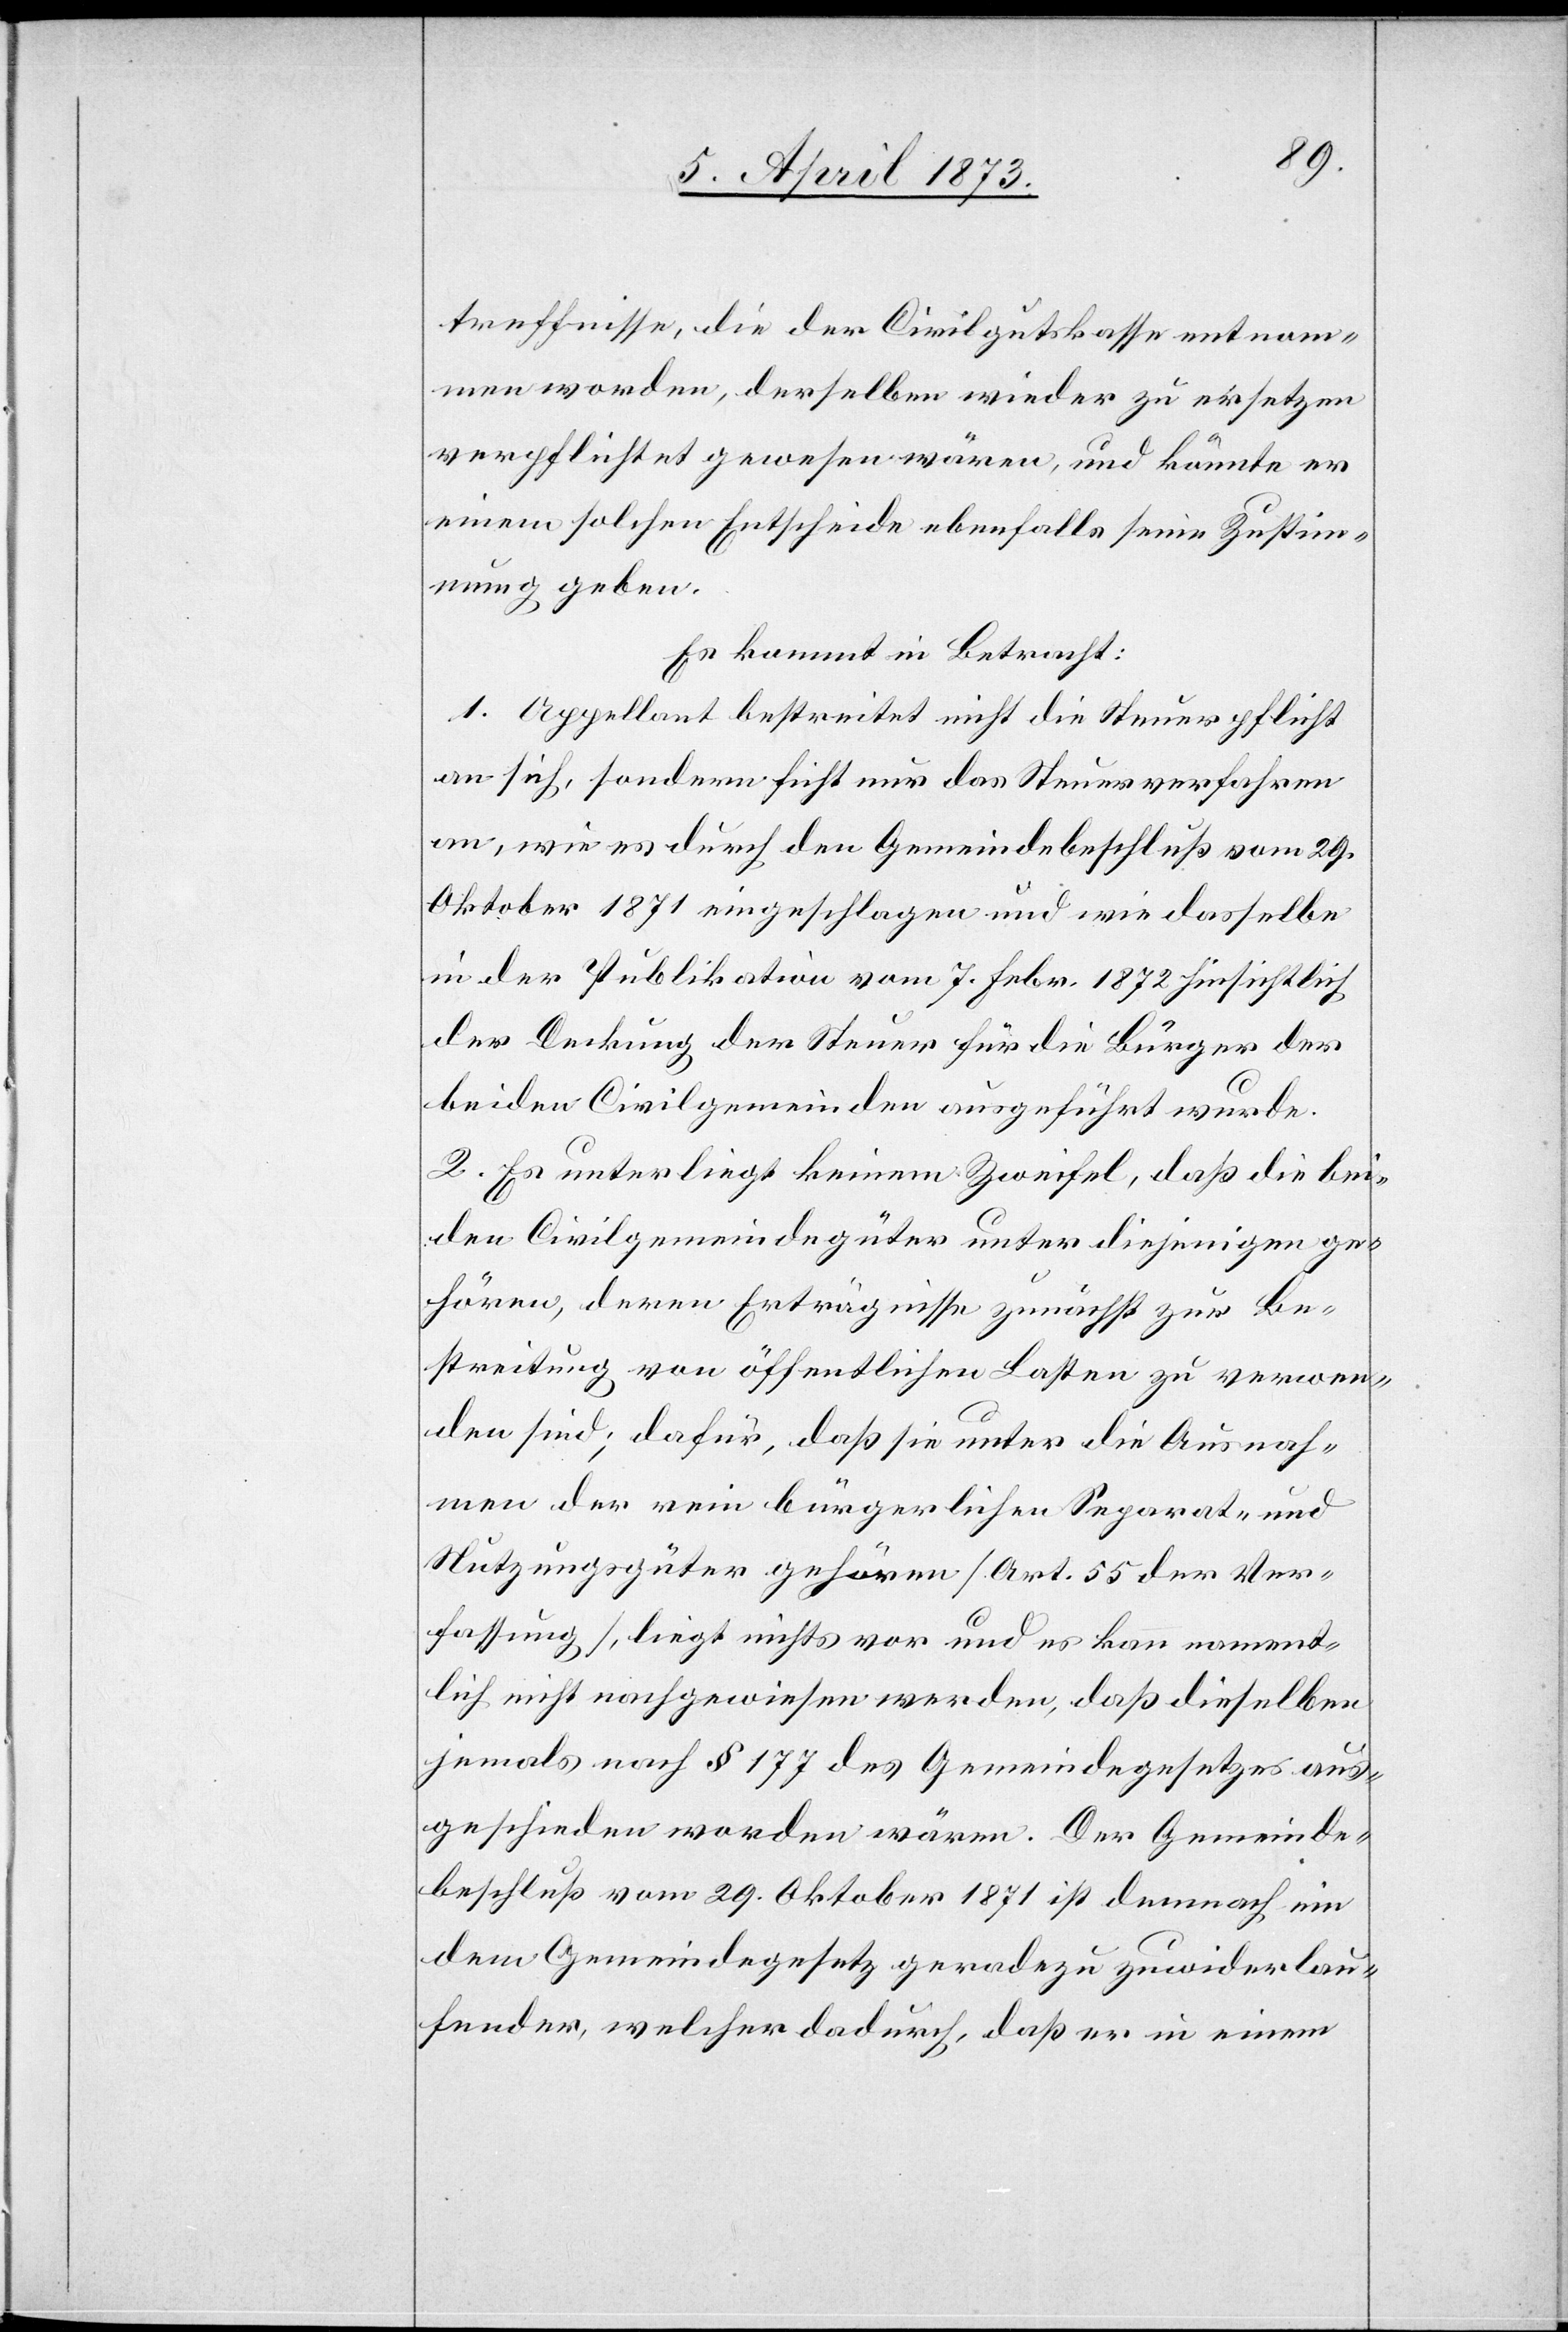
treffnisse, die der Civilgutskasse entnom¬
men worden, derselben wieder zu ersetzen
verpflichtet gewesen wären, und könnte er
einem solchen Entscheide ebenfalls seine Zustim¬
mung geben.
Es kommt in Betracht:
1. Appellant bestreitet nicht die Steuerpflicht
an sich, sondern ficht nur das Steuerverfahren
an, wie es durch den Gemeindebeschluß vom 29.
Oktober 1871 eingeschlagen und wie dasselbe
in der Publikation vom 7. Febr. 1872 hinsichtlich
der Deckung der Steuer für die Bürger der
beiden Civilgemeinden ausgeführt wurde.
2. Es unterliegt keinem Zweifel, daß die bei¬
den Civilgemeindegüter unter diejenigen ge¬
hören, deren Erträgnisse zunächst zur Be¬
streitung von öffentlichen Lasten zu verwen¬
den sind; dafür, daß sie unter die Ausnah¬
men der rein bürgerlichen Separat- und
Nutzungsgüter gehören [Art. 55 der Ver¬
fassung], liegt nichts vor und es kann nament¬
lich nicht nachgewiesen werden, daß dieselben
jemals nach § 177 des Gemeindegesetzes aus¬
geschieden worden wären. Der Gemeinde¬
beschluß vom 29. Oktober 1871 ist demnach ein
dem Gemeindegesetz geradezu zuwiderlau¬
fender, welcher dadurch, daß er in einem